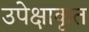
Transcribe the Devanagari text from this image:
उपेक्षाकृत